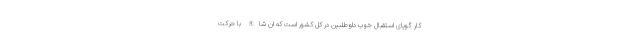
کار گویای استقبال خوب داوطلبین در کل کشور است که ان شاالله با حرکت